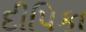
દીપિકા